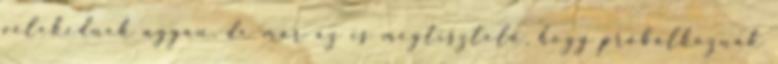
vélekednek ugyan, de már az is megtisztelő, hogy próbálkoznak